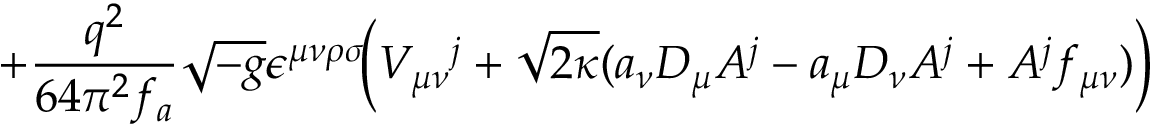
+ \frac { q ^ { 2 } } { 6 4 \pi ^ { 2 } f _ { a } } \sqrt { - g } \epsilon ^ { \mu \nu \rho \sigma } \! \Big ( V _ { \mu \nu } { } ^ { j } + \sqrt { 2 \kappa } ( a _ { \nu } D _ { \mu } A ^ { j } - a _ { \mu } D _ { \nu } A ^ { j } + A ^ { j } f _ { \mu \nu } ) \Big )